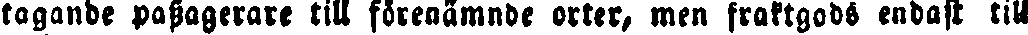
taglinde passagerare till förenämnde orter, men fraktgods endast till